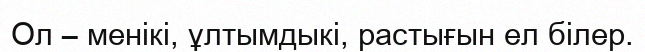
Ол – менікі, ұлтымдыкі, растығын ел білер.